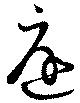
庭